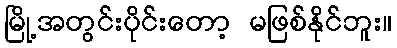
မြို့အတွင်းပိုင်းတော့ မဖြစ်နိုင်ဘူး။